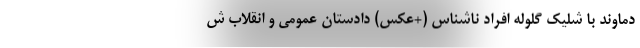
دماوند با شلیک گلوله افراد ناشناس (+عکس) دادستان عمومی و انقلاب ش